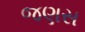
જણસ